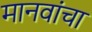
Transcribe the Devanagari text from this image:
मानवांचा